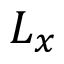
L _ { x }